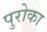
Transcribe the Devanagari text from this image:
पुरोका